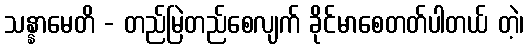
သန္နာမေတိ - တည်မြဲတည်စေလျက် ခိုင်မာစေတတ်ပါတယ် တဲ့၊